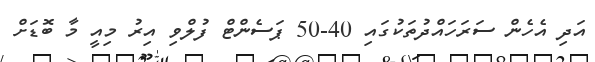
އަދި އެހެން ސަރަހައްދުތަކުގައި 40-50 ޕަސެންޓް ފުލްވި އިރު މިއީ މާ ބޮޑަށް